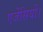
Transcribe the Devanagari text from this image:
एजेंसियों।